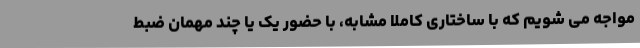
مواجه می شویم که با ساختاری کاملا مشابه، با حضور یک یا چند مهمان ضبط